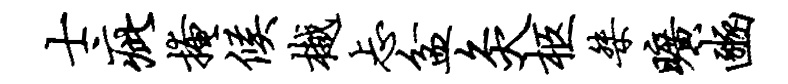
士疵掩候樾忐盆灸柩桀旷豳